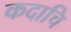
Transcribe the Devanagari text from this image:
कदाचि